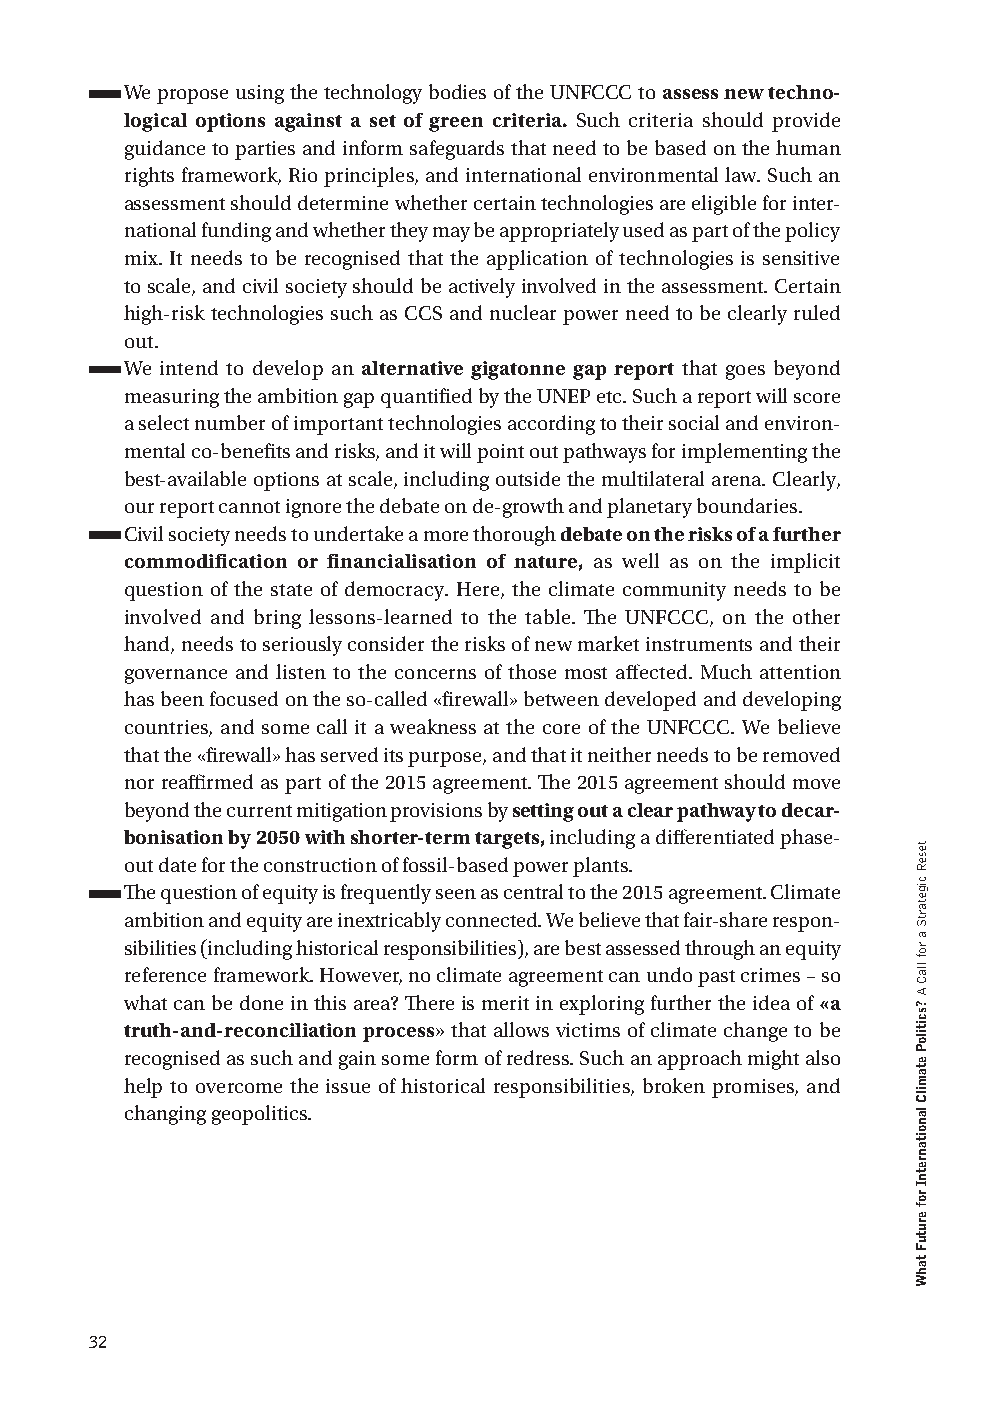
We propose using the technology bodies of the UNFCCC to assess new techno-
 logical options against a set of green criteria. Such criteria should provide
 guidance to parties and inform safeguards that need to be based on the human
 rights framework, Rio principles, and international environmental law. Such an
 assessment should determine whether certain technologies are eligible for inter-
 national funding and whether they may be appropriately used as part of the policy
 mix. It needs to be recognised that the application of technologies is sensitive
 to scale, and civil society should be actively involved in the assessment. Certain
 high-risk technologies such as CCS and nuclear power need to be clearly ruled
 out.
 We intend to develop an alternative gigatonne gap report that goes beyond
 measuring the ambition gap quantified by the UNEP etc. Such a report will score
 a select number of important technologies according to their social and environ-
 mental co-benefits and risks, and it will point out pathways for implementing the
 best-available options at scale, including outside the multilateral arena. Clearly,
 our report cannot ignore the debate on de-growth and planetary boundaries.
 Civil society needs to undertake a more thorough debate on the risks of a further
 commodification or financialisation of nature, as well as on the implicit
 question of the state of democracy. Here, the climate community needs to be
 involved and bring lessons-learned to the table. The UNFCCC, on the other
 hand, needs to seriously consider the risks of new market instruments and their
 governance and listen to the concerns of those most affected. Much attention
 has been focused on the so-called «firewall» between developed and developing
 countries, and some call it a weakness at the core of the UNFCCC. We believe
 that the «firewall» has served its purpose, and that it neither needs to be removed
 nor reaffirmed as part of the 2015 agreement. The 2015 agreement should move
 beyond the current mitigation provisions by setting out a clear pathway to decar-
 bonisation by 2050 with shorter-term targets, including a differentiated phase-
 out date for the construction of fossil-based power plants.
 The question of equity is frequently seen as central to the 2015 agreement. Climate
 ambition and equity are inextricably connected. We believe that fair-share respon-
 sibilities (including historical responsibilities), are best assessed through an equity
 reference framework. However, no climate agreement can undo past crimes – so
 what can be done in this area? There is merit in exploring further the idea of «a
 truth-and-reconciliation process» that allows victims of climate change to be
 recognised as such and gain some form of redress. Such an approach might also
 help to overcome the issue of historical responsibilities, broken promises, and
 changing geopolitics.
 32
 teseR
 cigetartS
 a
 rof
 llaC
 A
 ?scitiloP
 etamilC
 lanoitanretnI
 rof
 erutuF
 tahW